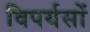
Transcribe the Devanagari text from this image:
विपर्यसों